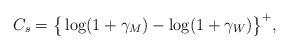
LaTeX: \begin{align*}C_{s} = \big\{\log(1+\gamma_{M})-\log(1+\gamma_{W})\big\}^{+},\end{align*}